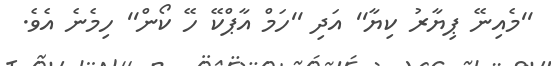
''މެއިނޭ ޕިޔާރު ކިޔާ'' އަދި ''ހަމް އާޕްކޭ ހޭ ކޯން'' ހިމެނެ އެވެ.